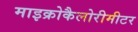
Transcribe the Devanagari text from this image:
माइक्रोकैलोरीमीटर